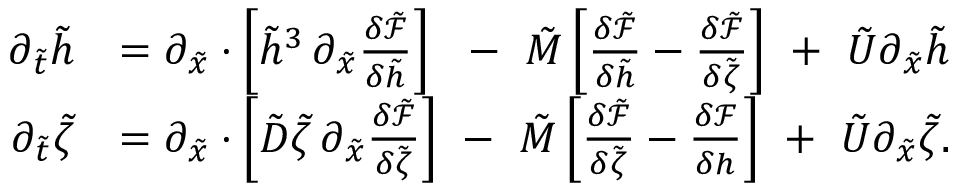
\begin{array} { r l } { \partial _ { \tilde { t } } \tilde { h } } & { = \partial _ { \tilde { x } } \cdot \left[ \tilde { h } ^ { 3 } \, \partial _ { \tilde { x } } \frac { \delta \tilde { \mathcal { F } } } { \delta \tilde { h } } \right] \ \ - \ \tilde { M } \left[ \frac { \delta \tilde { \mathcal { F } } } { \delta \tilde { h } } - \frac { \delta \tilde { \mathcal { F } } } { \delta \tilde { \zeta } } \right] \ + \ \tilde { U } \partial _ { \tilde { x } } \tilde { h } } \\ { \partial _ { \tilde { t } } \tilde { \zeta } } & { = \partial _ { \tilde { x } } \cdot \left[ \tilde { D } \tilde { \zeta } \, \partial _ { \tilde { x } } \frac { \delta \tilde { \mathcal { F } } } { \delta \tilde { \zeta } } \right] \ - \ \tilde { M } \left[ \frac { \delta \tilde { \mathcal { F } } } { \delta \tilde { \zeta } } - \frac { \delta \mathcal { F } } { \delta h } \right] \ + \ \tilde { U } \partial _ { \tilde { x } } \tilde { \zeta } . } \end{array}